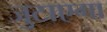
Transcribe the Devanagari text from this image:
जुटाएगा